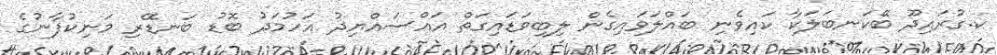
ކ.ގުރައިދޫ ބޭކަނބަލަކާ ކައިވެނި ބައްލަވައިގެން ލިބިވަޑައިގަތް އައްސައްޔިދު އަހުމަދު ބޮޑު ބަނޑޭރި މަނިކުފާނުގެ